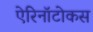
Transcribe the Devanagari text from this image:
ऐरिनॉटोकस